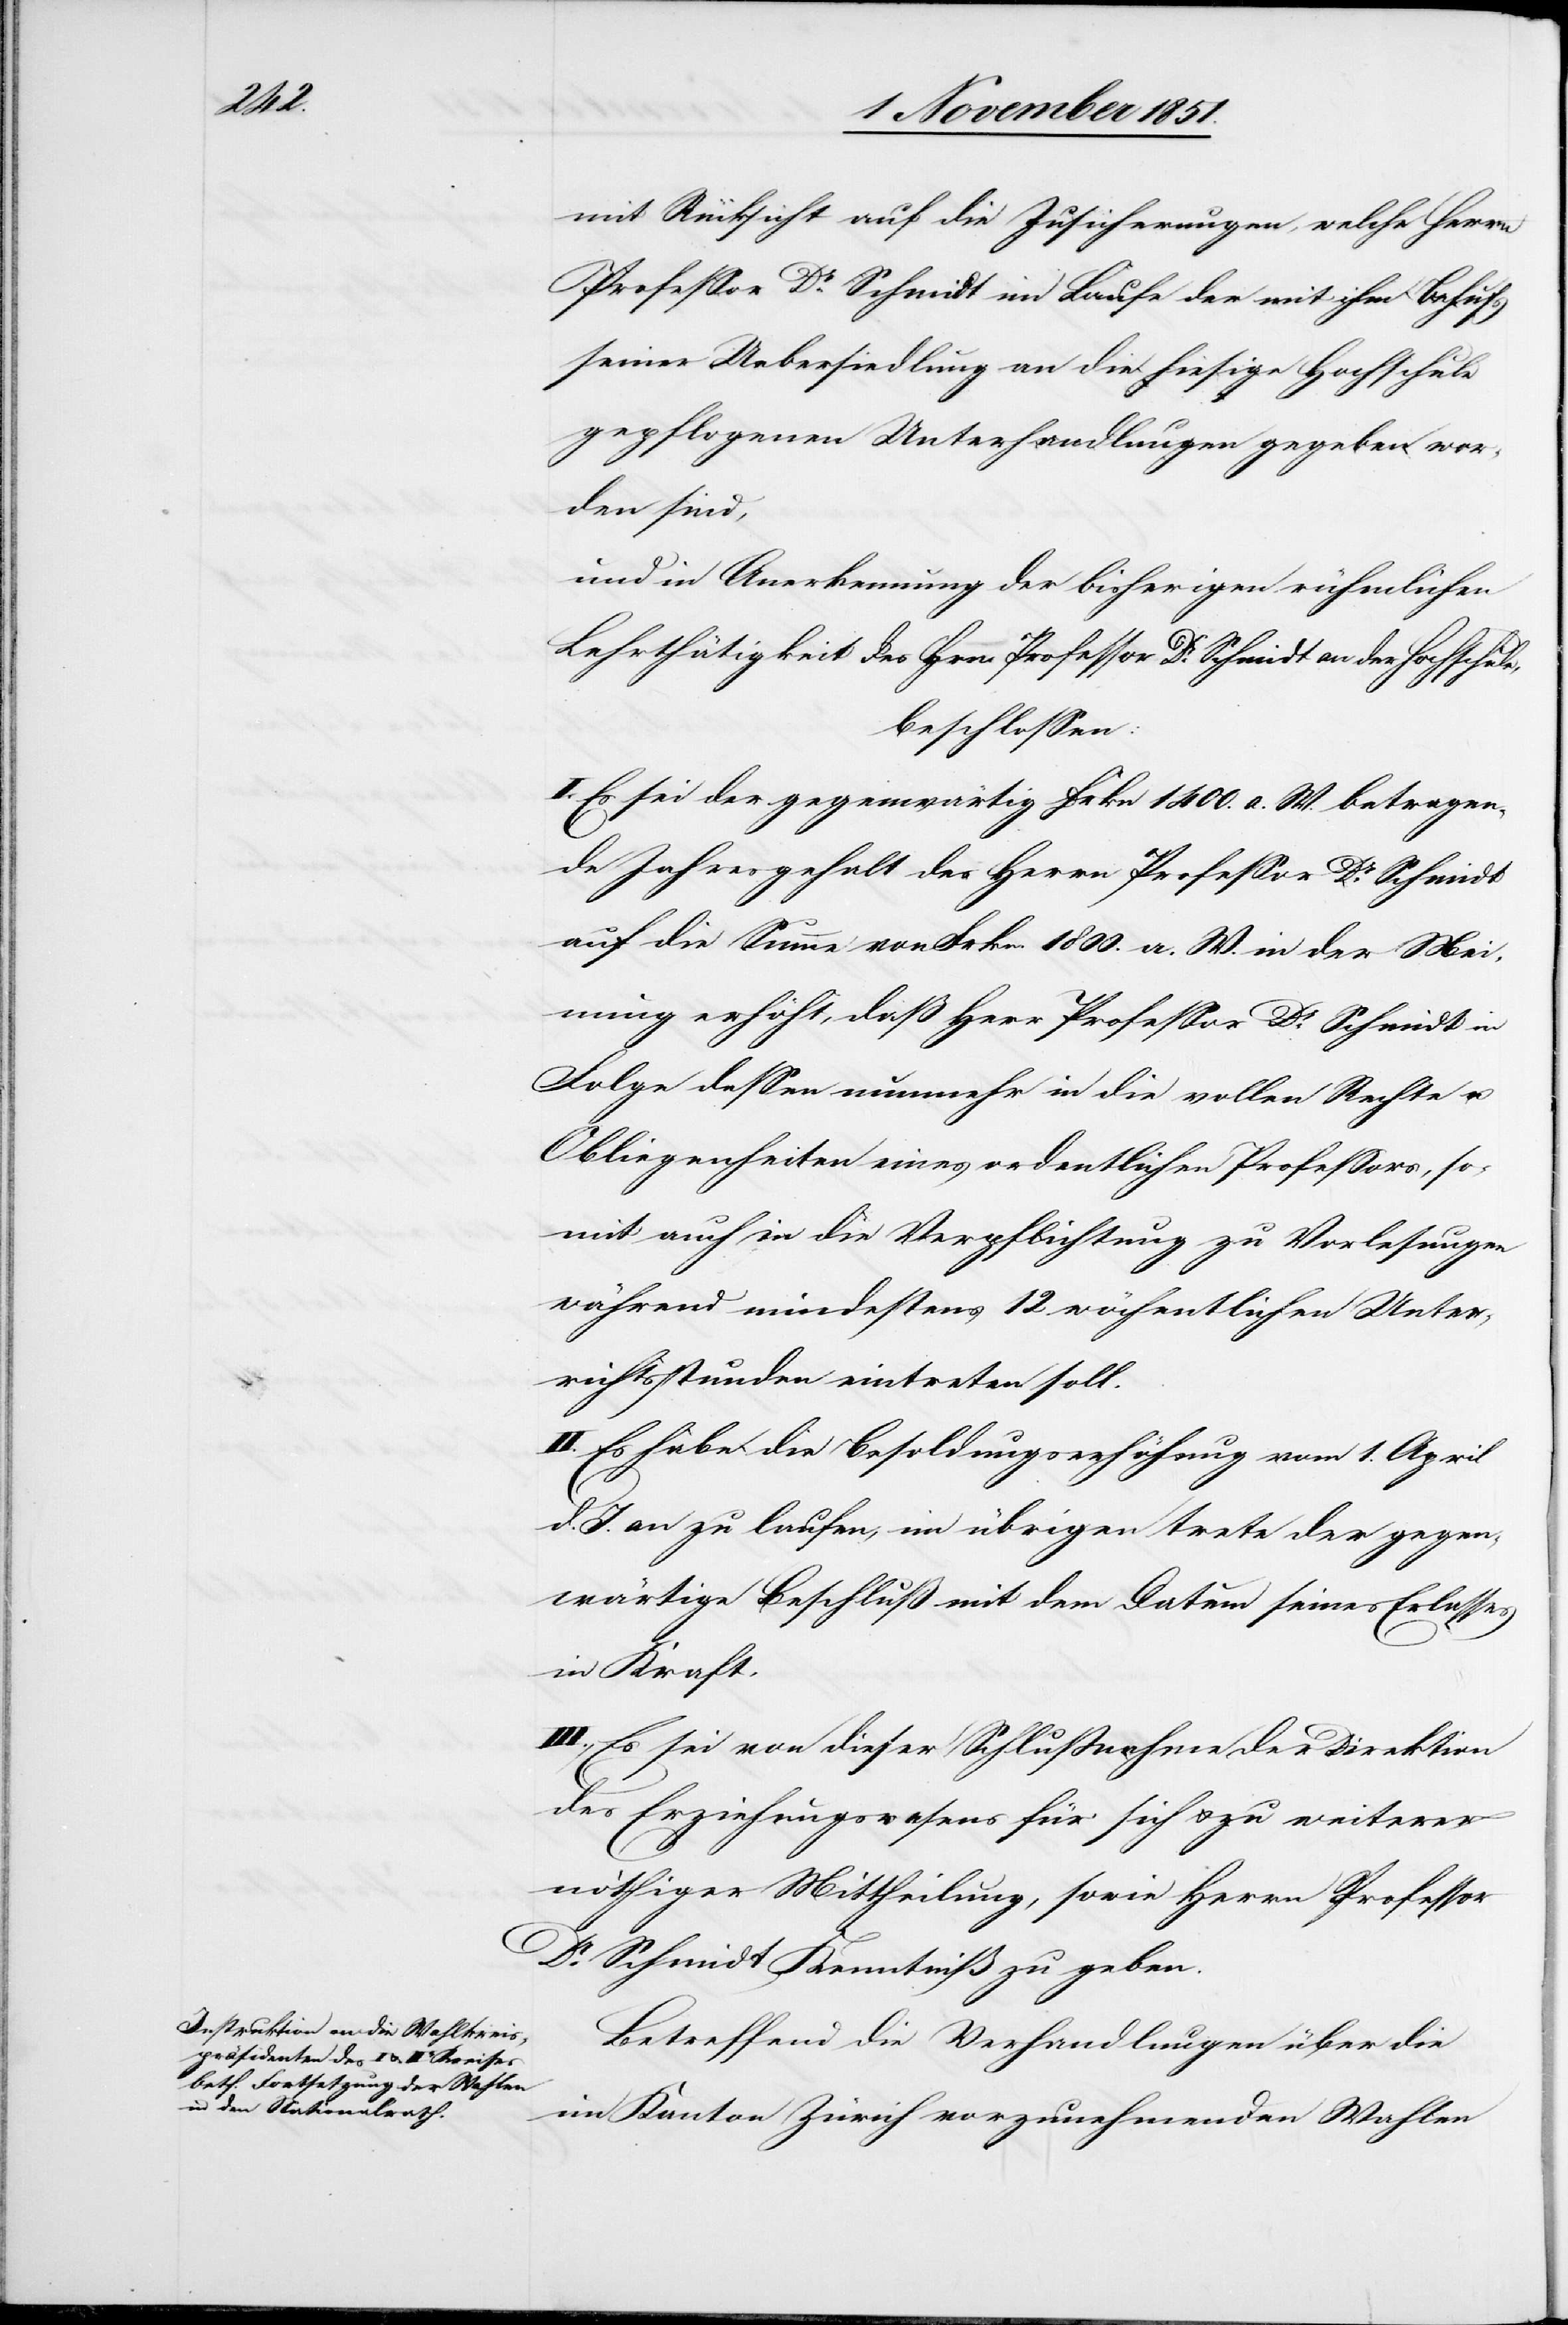
mit Rücksicht auf die Zusicherungen, welche Herrn
Professor Dr Schmidt im Laufe der mit ihm Behufs
seiner Uebersiedlung an die hiesige Hochschule
gepflogenen Unterhandlungen gegeben wor¬
den sind,
und in Anerkennung der bisherigen rühmlichen
Lehrthätigkeit des Hrn. Professor Dr Schmidt an der Hochschule,
beschlossen:
I. Es sei der gegenwärtig Frkn 1400. a. W. betragen¬
de Jahresgehalt des Herrn Professor Dr Schmidt
auf die Summe von Frkn. 1800. a. W. in der Mei¬
nung erhöht, daß Herr Professor Dr Schmidt in
Folge dessen nunmehr in die vollen Rechte u.
Obliegenheiten eines ordentlichen Professors, so¬
mit auch in die Verpflichtung zu Vorlesungen
während mindestens 12 wöchentlichen Unter¬
richtsstunden eintreten soll.
II. Es habe die Besoldungserhöhung vom 1. April
d. J. an zu laufen, im übrigen trete der gegen¬
wärtige Beschluß mit dem Datum seines Erlasses
in Kraft.
III., Es sei von dieser Schlußnahme der Direktion
des Erziehungswesens für sich & zu weiterer
nöthiger Mittheilung, sowie Herrn Professor
Dr Schmidt Kenntniß zu geben.
Betreffend die Verhandlungen über die
im Kanton Zürich vorzunehmenden Wahlen